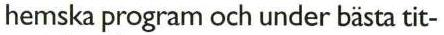
hemska program och under bästa tit-